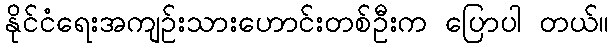
နိုင်ငံရေးအကျဉ်းသားဟောင်းတစ်ဦးက ပြောပါ တယ်။